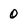
Character: 0